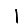
Digit: 1